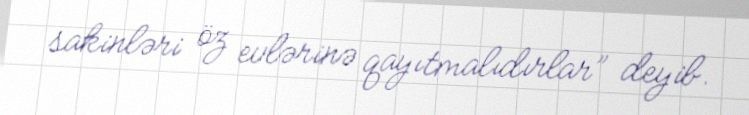
sakinləri öz evlərinə qayıtmalıdırlar” deyib.